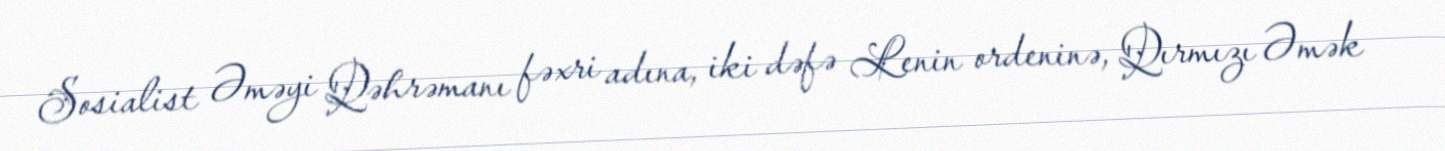
Sosialist Əməyi Qəhrəmanı fəxri adına, iki dəfə Lenin ordeninə, Qırmızı Əmək